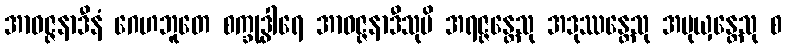
အာဝဇ္ဇနာဒီနံ ဂေဟဘူတေ စက္ခုဒွါရေ အာဝဇ္ဇနာဒီသုပိ အရဇ္ဇန္တေသု အဒုဿန္တေသု အမုယှန္တေသု စ